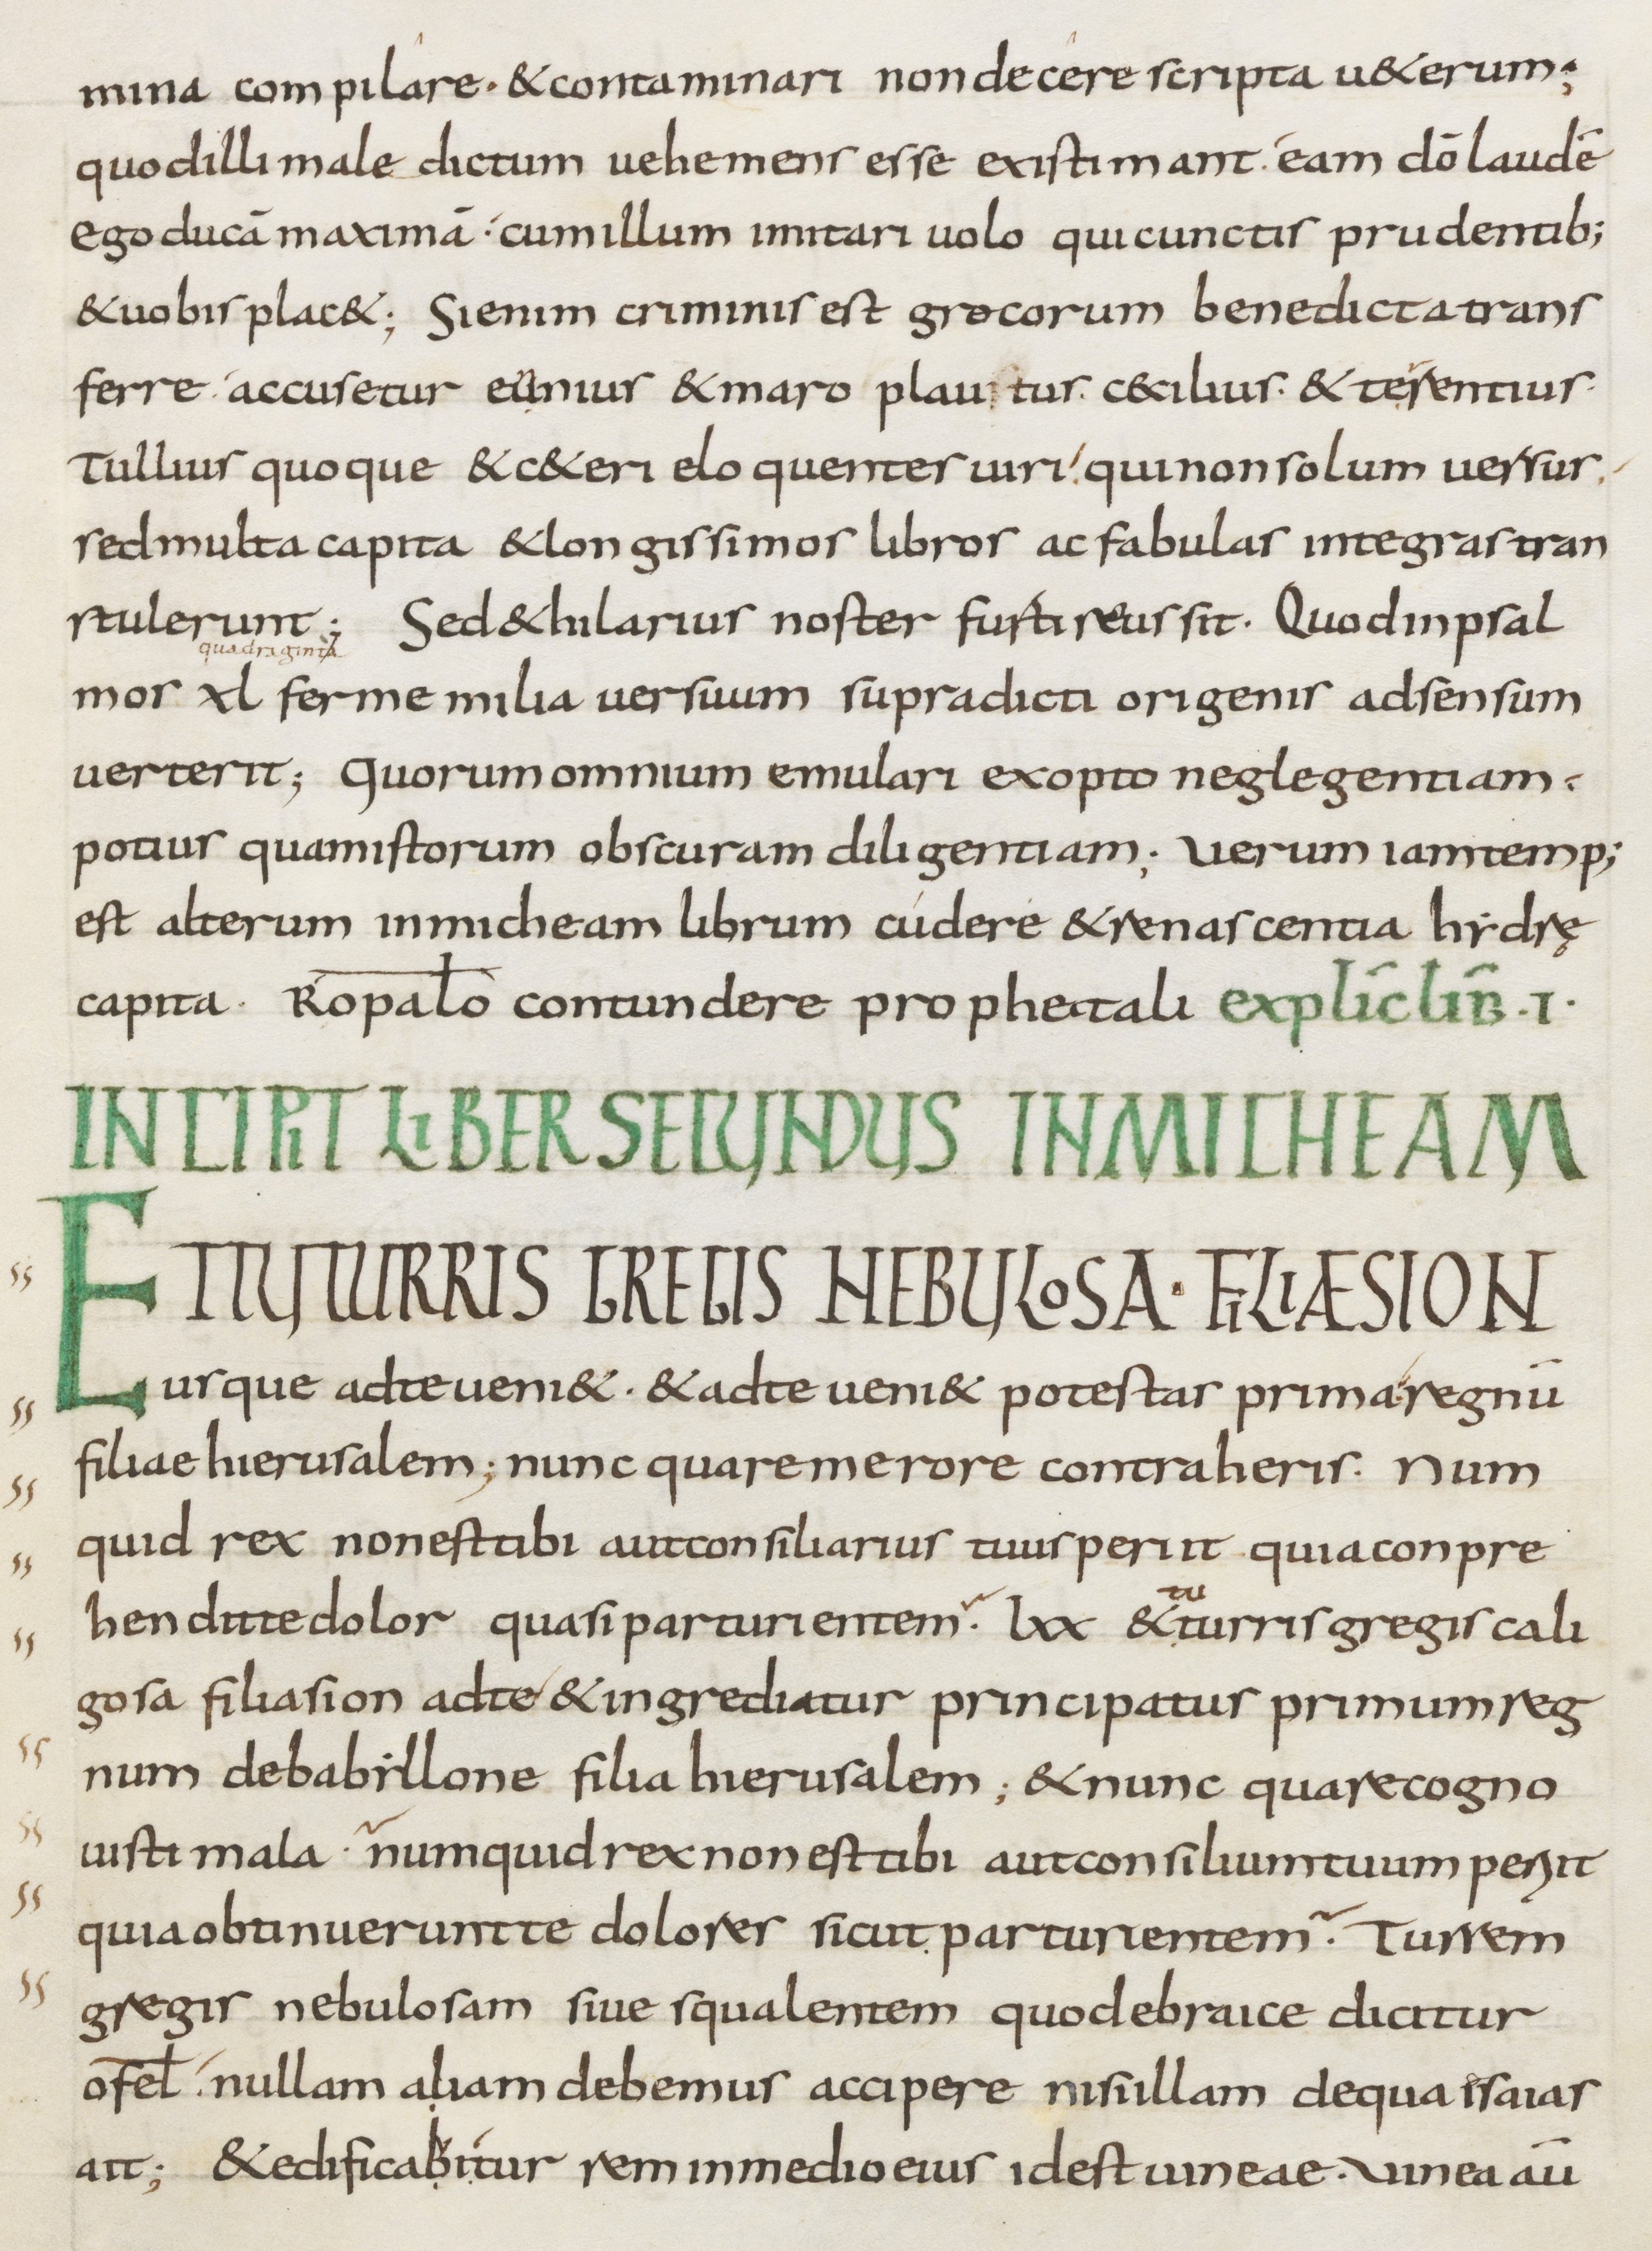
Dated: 800–899